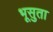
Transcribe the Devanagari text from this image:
भूसुता